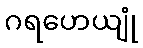
ဂရဟေယျုံ